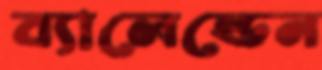
ব্যালেন্ডেন